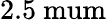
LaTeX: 2.5\mathrm{\ mum}